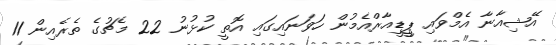
އޭޝިއާނާ އެމްވައި ޕީީޑީއާރްއެމުން ހަވަނައިގައި އޮތީ ކުޅުނު 22 މެޗުގެ ތެރެއިން 11